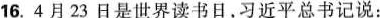
16.4月23日是世界读书日，习近平总书记说：